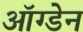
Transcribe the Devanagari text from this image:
ऑग्डेन